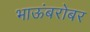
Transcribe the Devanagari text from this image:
भाऊंबरोबर